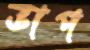
ভাপ